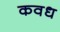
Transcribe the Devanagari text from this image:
कवध